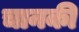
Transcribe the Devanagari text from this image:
चानकी